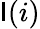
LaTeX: \mathsf{I}(i)